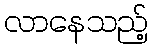
လာနေသည့်